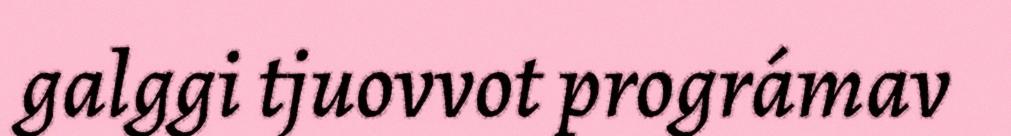
galggi tjuovvot prográmav